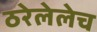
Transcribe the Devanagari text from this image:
ठरेलेलेच